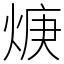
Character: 焿